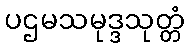
ပဌမသမုဒ္ဒသုတ္တံ